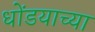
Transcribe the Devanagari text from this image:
धोंडयाच्या